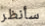
سأنظر